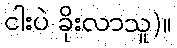
ငါးပဲ ခိုးလာသူ)။